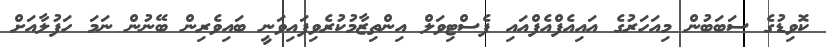
ކޮވިޑުގެ ސަބަބުން މިއަހަރުގެ އައިއެފްއެފްއައި ފެސްޓިވަލް އިންތިޒާމުކުރެވިފައިވަނީ ބައިވެރިން ބޭނުން ނަމަ ހަފުލާއަށް